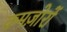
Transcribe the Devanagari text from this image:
कमज़ोरों